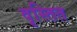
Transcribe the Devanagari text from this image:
वृस्तित